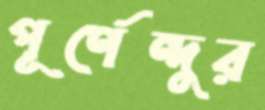
পূর্ণেন্দুর